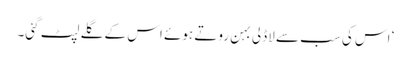
‘ اس کی سب سے لاڈلی بہن روتے ہوئے اس کے گلے لپٹ گئی۔